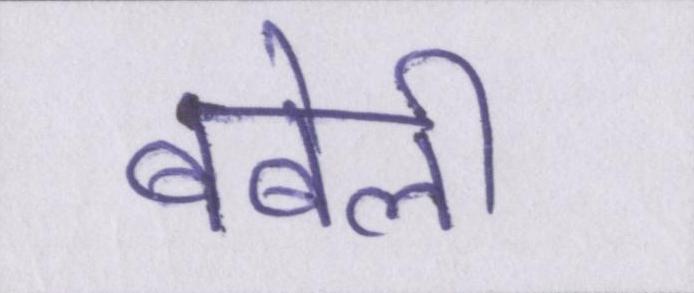
बबेली